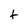
Character: t